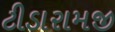
ટીડારામજી